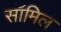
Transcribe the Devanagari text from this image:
सॉमिल